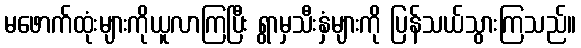
မဖောက်ထုံးများကိုယူလာကြပြီး ရွာမှသီးနှံများကို ပြန်သယ်သွားကြသည်။